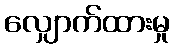
လျှောက်ထားမှု